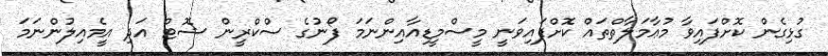
ގުޅިގެން ކޮށްފައިވާ މުޢާމަލާތްތައް ކޮށްފައިވަނީ މީސްމީޑިއާއިންނަމަ ފޯނުގެ ސްކްރީން ޝޮޓް އަދި އީމެއިލުންނަމަ